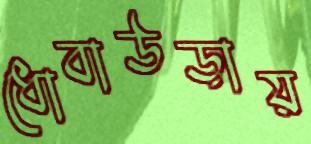
ধোবাউড়ায়